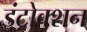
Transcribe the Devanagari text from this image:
इंट्रोक्शन